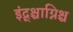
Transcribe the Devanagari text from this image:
इंद्र्श्चाग्निश्च